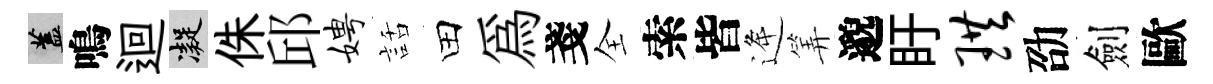
蓋鳴迴凝侏邱娉話田為戔全索皆逄筭邈盱珙劭劍歐